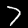
Label: 7